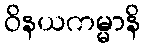
ဝိနယကမ္မာနိ